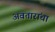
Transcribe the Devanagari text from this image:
अवतारांचा